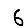
Digit: 6